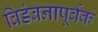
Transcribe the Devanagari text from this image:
विडंबनापूर्वक